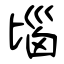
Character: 匘